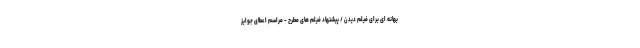
بهانه ای برای فیلم دیدن / پیشنهاد فیلم های مطرح - مراسم اعطای جوایز